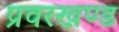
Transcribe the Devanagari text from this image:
प्रवरखण्ड